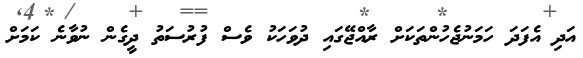
އަދި އެފަދަ ހަމަނުޖެހުންތަކަށް ރާއްޖޭގައި ދުވަހަކު ވެސް ފުރުސަތު ދީގެން ނުވާނެ ކަމަށް